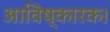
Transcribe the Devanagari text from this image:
आविष्कारक।